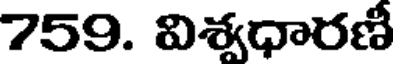
759. విశ్వధారణీ